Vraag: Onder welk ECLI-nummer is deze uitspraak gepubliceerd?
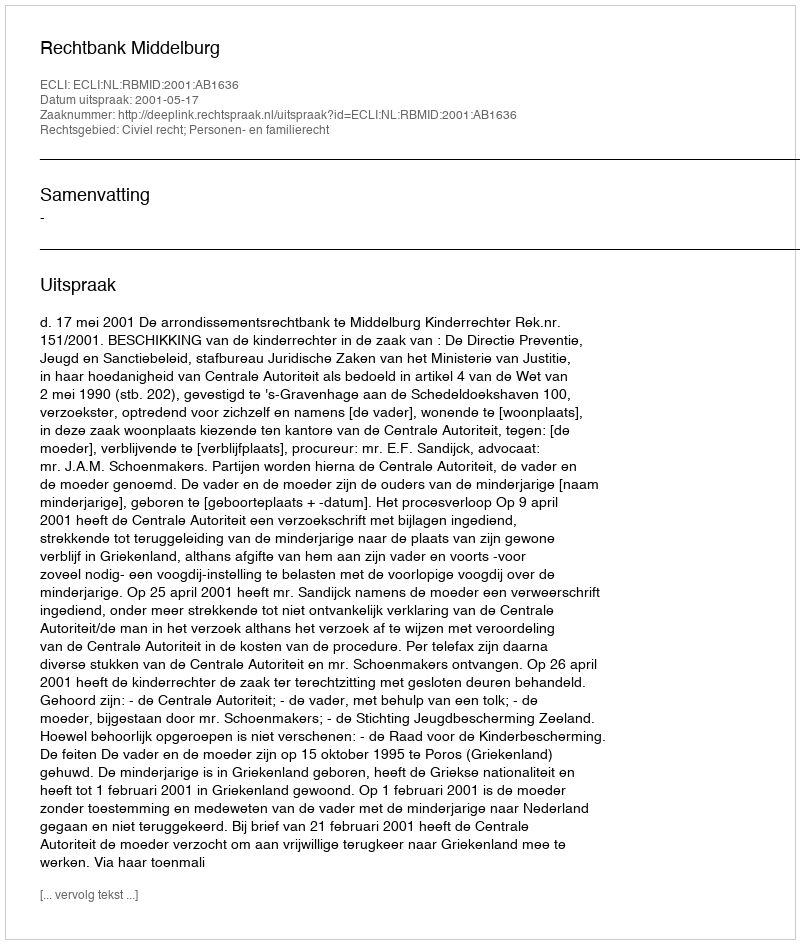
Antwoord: ECLI:NL:RBMID:2001:AB1636